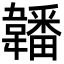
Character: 䪛